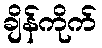
ချိန်ကိုက်